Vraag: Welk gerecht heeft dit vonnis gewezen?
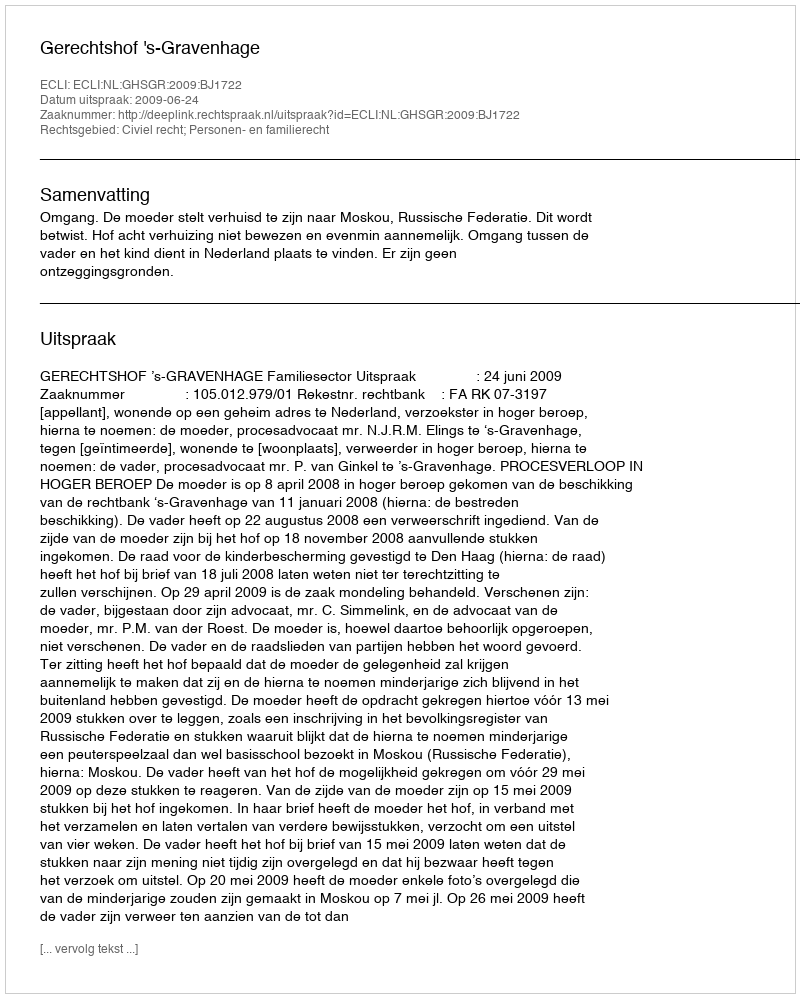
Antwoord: Gerechtshof 's-Gravenhage